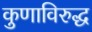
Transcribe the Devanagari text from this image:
कुणाविरुद्ध